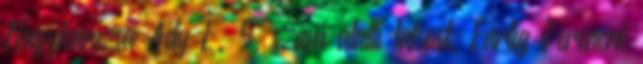
Nagykanizsa Ady E. 5. szám alatti lakost, Fartig Ferencné